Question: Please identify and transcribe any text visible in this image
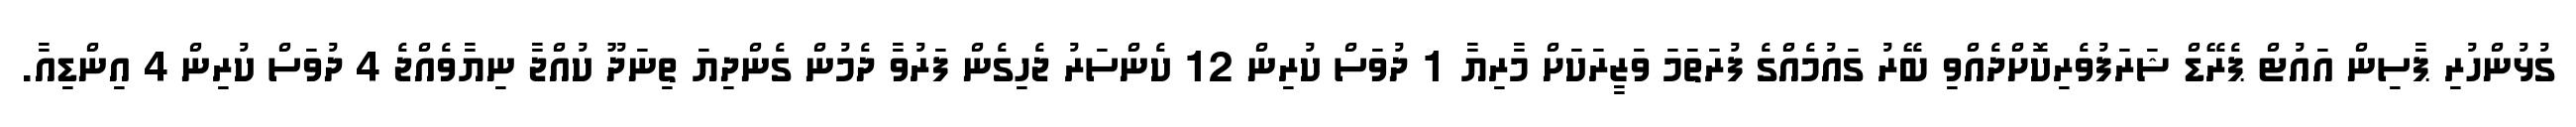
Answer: ގުޅުންހުރި ޕާސިން އައުޓް ޕެރޭޑް ޝަރަފުވެރިކޮށްދެއްވި ބޭރު ގައުމެއްގެ ފުރަތަމަ ވަޒީރަކަށް މާރިޔާ 1 ދުވަސް ކުރިން 12 ކެންސަރު ޖެހިގެން ފަރުވާ ދެމުން ގެންދިޔަ ތިނަދޫ ކުއްޖާ ނިޔާވެއްޖެ 4 ދުވަސް ކުރިން 4 އިންޑިއާ.